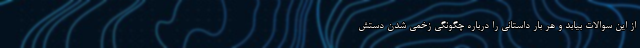
از این سوالات بیابد و هر بار داستانی را درباره چگونگی زخمی شدن دستش